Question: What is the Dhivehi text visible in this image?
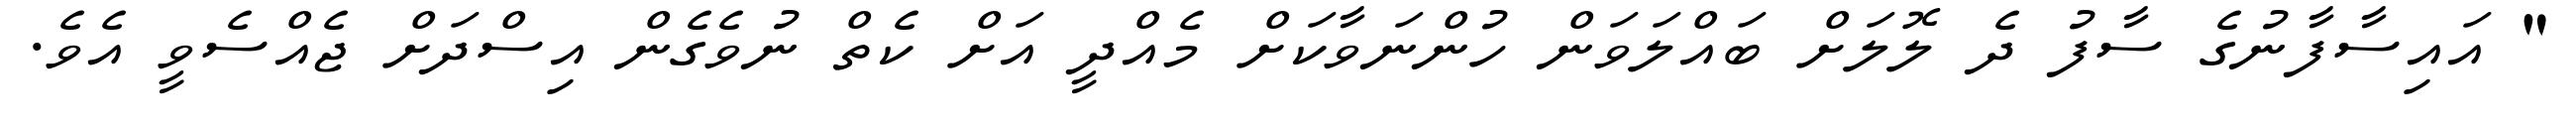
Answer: " އައިސާފާނުގެ ސާފު ދެ ލޮލަށް ބައްލަވަން ހުންނަވާކަށް މެއްދީ އަށް ކެތް ނުވެގެން އިސްދަށް ޖެއްސެވީ އެވެ.